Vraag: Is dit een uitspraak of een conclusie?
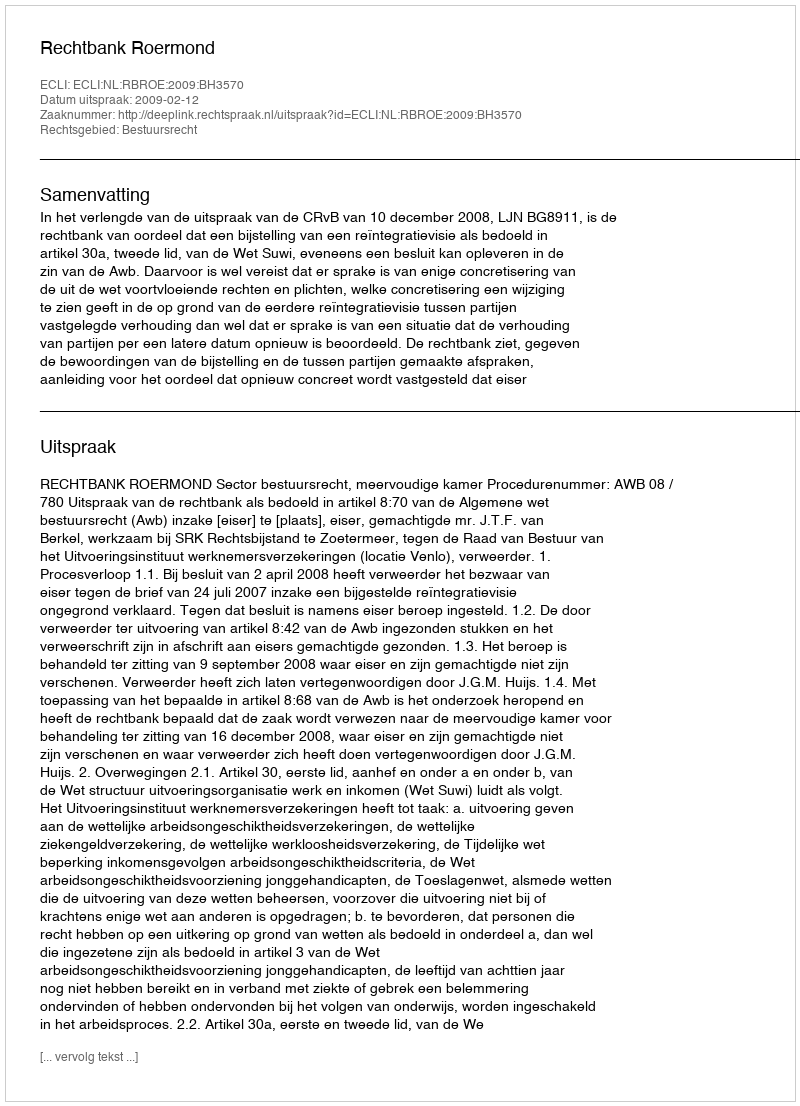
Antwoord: Uitspraak